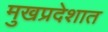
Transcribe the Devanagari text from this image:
मुखप्रदेशात